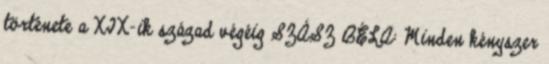
története a XIX-ik század végéig SZÁSZ BÉLA: Minden kényszer